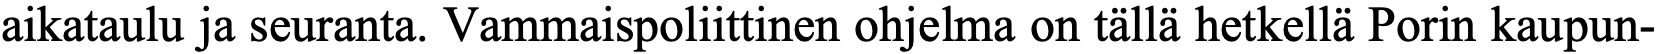
aikataulu ja seuranta. Vammaispoliittinen ohjelma on tällä hetkellä Porin kaupun-